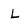
Character: L